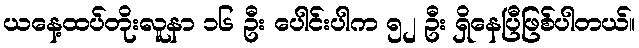
ယနေ့ထပ်တိုးလူနာ ၁၆ ဦး ပေါင်းပါက ၅၂ ဦး ရှိနေပြီဖြစ်ပါတယ်။